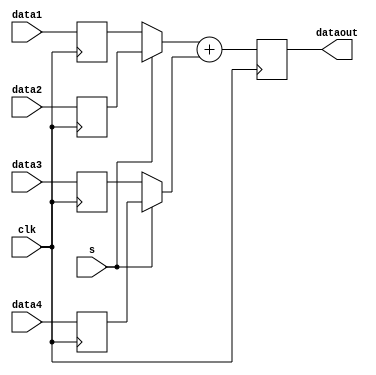
// SINGLE OPERATOR SHARING TEMPLATE MODULE
// Sharing with 2-to-1 MUXing
// Registers on inputs / outputs

module top
#(parameter WIDTH=32)
(
  input [WIDTH-1:0] data1,
  input [WIDTH-1:0] data2,
  input [WIDTH-1:0] data3,
  input [WIDTH-1:0] data4,
  input clk,
  input s,
  output reg [WIDTH-1:0] dataout // WIDTH*2 for multiply
);
  reg [WIDTH-1:0] dataa_reg;
  reg [WIDTH-1:0] datab_reg;
  reg [WIDTH-1:0] datac_reg;
  reg [WIDTH-1:0] datad_reg;
  reg [WIDTH-1:0] w1;
  reg [WIDTH-1:0] w2;

  always @ (posedge clk)
  begin
    dataa_reg <= data1;
    datab_reg <= data2;
    datac_reg <= data3;
    datad_reg <= data4;

    dataout <= w1 + w2; // select operation here
  end

  always @ (*)
  begin
    if (s==0)
    begin
      w1 <= dataa_reg;
      w2 <= datac_reg;
    end
    else 
    begin
      w1 <= datab_reg;
      w2 <= datad_reg;
    end
  end
endmodule